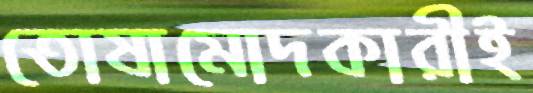
তোষামোদকারীই